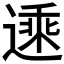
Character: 𬨾